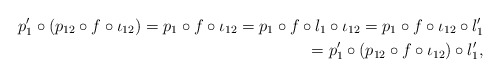
\begin{align*} p'_{1}\circ (p_{12}\circ f\circ \iota_{12})=p_{1}\circ f\circ \iota_{12}=p_{1}\circ f\circ l_{1}\circ \iota_{12} =p_{1}\circ f\circ \iota_{12}\circ l'_{1}\\ =p'_{1}\circ (p_{12}\circ f\circ \iota_{12})\circ l'_{1},\end{align*}